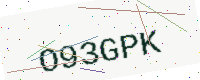
Text: O93GPK